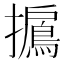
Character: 𢸐